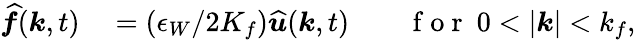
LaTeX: \begin{array}{rlrl}{\widehat{\boldsymbol{f}}(\boldsymbol{k},t)}&{{}=(\epsilon_{W}/2K_{f})\widehat{\boldsymbol{u}}(\boldsymbol{k},t)}&{}&{{}\mathrm{~f~o~r~}\ 0<|\boldsymbol{k}|<k_{f},}\end{array}